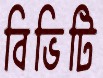
বিভিটি